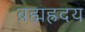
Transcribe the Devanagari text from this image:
ब्रह्मह्रदय